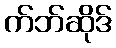
က်ဘ်ဆိုဒ်